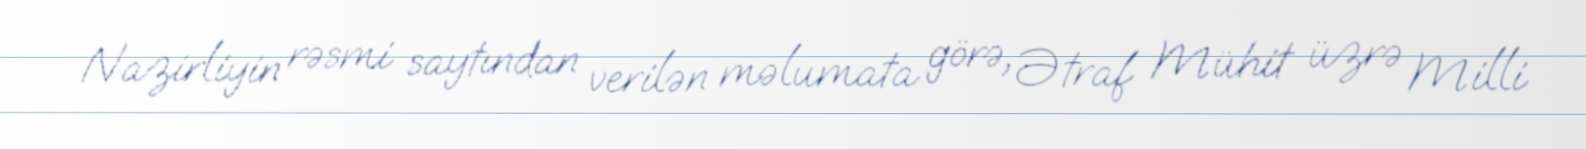
Nazirliyin rəsmi saytından verilən məlumata görə, Ətraf Mühit üzrə Milli